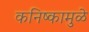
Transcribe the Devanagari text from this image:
कनिष्कामुळे